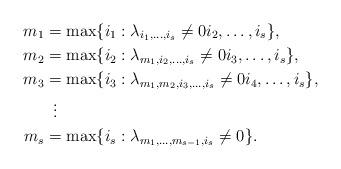
LaTeX: \begin{align*}m_1 & =\max\{i_1:\lambda_{i_1,\dotsc,i_s}\ne 0i_2,\dotsc,i_s\},\\m_2 & =\max\{i_2:\lambda_{m_1,i_2,\dotsc,i_s}\ne 0i_3,\dotsc,i_s\},\\m_3 & =\max\{i_3:\lambda_{m_1,m_2,i_3,\dotsc,i_s}\ne 0i_4,\dotsc,i_s\},\\& \vdotswithin{=}\\m_s & =\max\{i_s:\lambda_{m_1,\dotsc,m_{s-1},i_s}\ne 0\}.\end{align*}